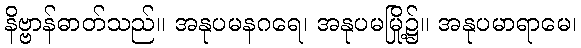
နိဗ္ဗာန်ဓာတ်သည်။ အနုပမနဂရေ၊ အနုပမမြို့၌။ အနုပမာရာမေ၊